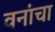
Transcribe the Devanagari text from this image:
वनांचा